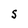
Character: S